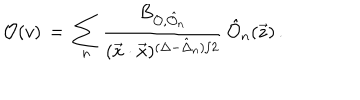
LaTeX: { \cal O } ( v ) \, = \, \sum _ { n } \frac { B _ { { \cal O } , \hat { \cal O } _ { n } } } { ( \vec { x } \cdot \vec { x } ) ^ { ( \Delta - \hat { \Delta } _ { n } ) / 2 } } \, \hat { { \cal O } } _ { n } ( \vec { z } ) \, .